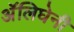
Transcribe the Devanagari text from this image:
अॅलिघेनी